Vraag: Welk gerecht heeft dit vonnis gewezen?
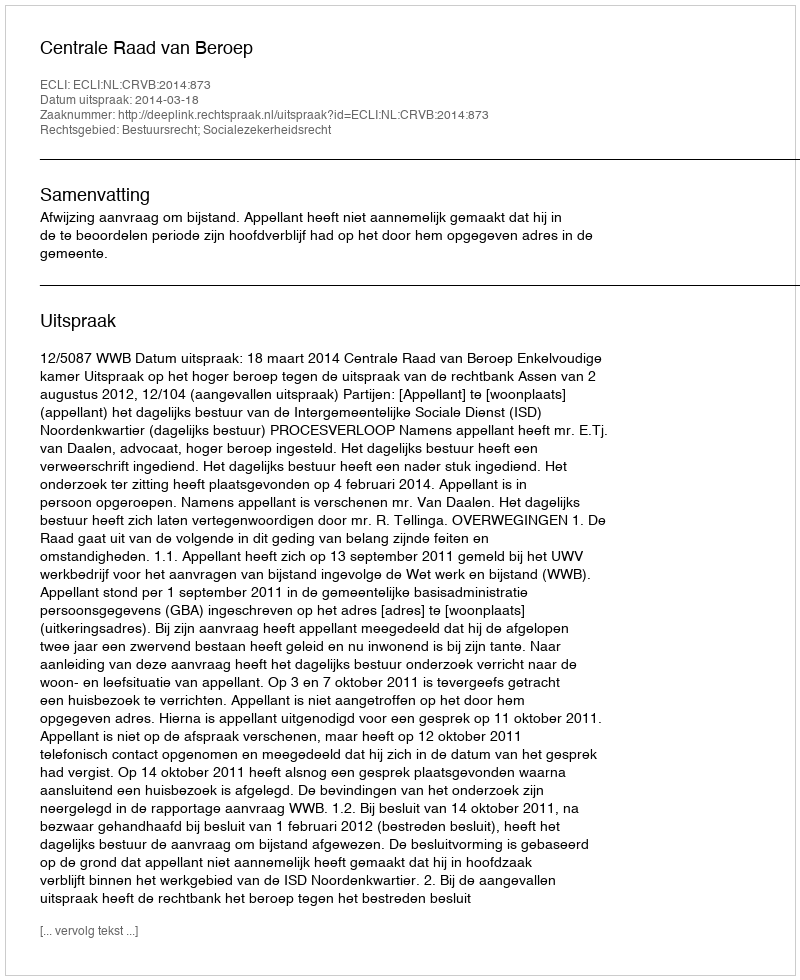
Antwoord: Centrale Raad van Beroep